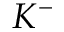
K ^ { - }